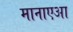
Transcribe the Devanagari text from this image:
मानाएआ